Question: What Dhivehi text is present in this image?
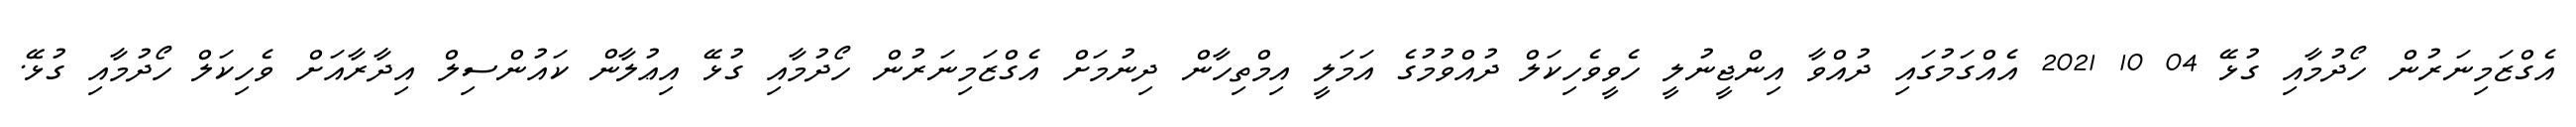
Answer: އެގްޒަމިނަރުން ހޯދުމާއި ގުޅޭ 04 10 2021 އެއްގަމުގައި ދުއްވާ އިންޖީނުލީ ހެވީވެހިކަލް ދުއްވުމުގެ އަމަލީ އިމްތިހާން ދިނުމަށް އެގްޒަމިނަރުން ހޯދުމާއި ގުޅޭ އިޢުލާން ކައުންސިލް އިދާރާއަށް ވެހިކަލް ހޯދުމާއި ގުޅޭ.